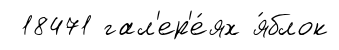
18471 гал'ер'е́ях я́блок